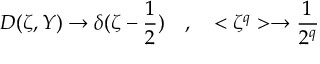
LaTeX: D ( \zeta , Y ) \to \delta ( \zeta - \frac { 1 } { 2 } ) \quad , \quad < \zeta ^ { q } > \to \frac { 1 } { 2 ^ { q } }